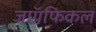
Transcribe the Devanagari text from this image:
जाॅग्रफिकल